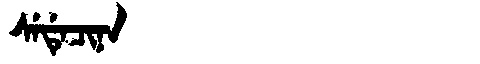
Manchu: ᠰᡝᡩᡝᠴᡳᠨᠠ
Romanization: SEDECINA